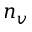
n _ { v }